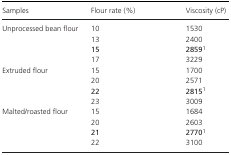
<table><thead><tr><td><b>Samples</b></td><td><b>Flour rate (%)</b></td><td><b>Viscosity (cP)</b></td></tr></thead><tbody><tr><td rowspan="4">Unprocessed bean flour</td><td>10</td><td>1530</td></tr><tr><td>13</td><td>2400</td></tr><tr><td><b>15</b></td><td><b>2859</b>a</td></tr><tr><td>17</td><td>3229</td></tr><tr><td rowspan="4">Extruded flour</td><td>15</td><td>1700</td></tr><tr><td>20</td><td>2571</td></tr><tr><td><b>22</b></td><td><b>2815</b>a</td></tr><tr><td>23</td><td>3009</td></tr><tr><td rowspan="4">Malted/roasted flour</td><td>15</td><td>1684</td></tr><tr><td>20</td><td>2603</td></tr><tr><td><b>21</b></td><td><b>2770</b>a</td></tr><tr><td>22</td><td>3100</td></tr></tbody></table>